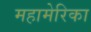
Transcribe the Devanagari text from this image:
महामेरिका